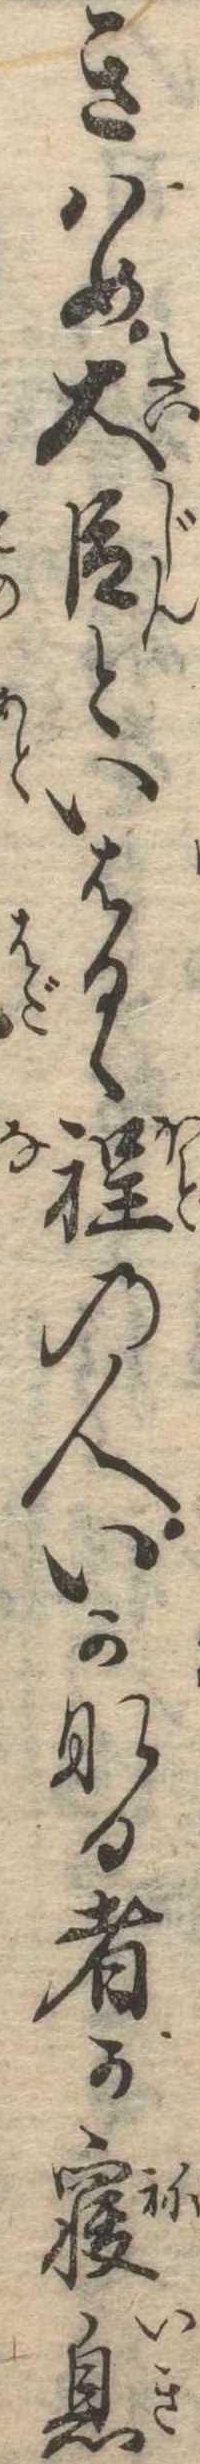
きはめ大臣といはるゝ程の人いかなる者か寝息